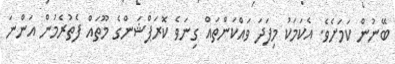
ބޭނުން ކަމަށެވެ. އެކަމަކު މިފަދަ ވައްކަންތައް ގިނަވެ ކޮރަޕްޝަންގެ މޫތައް ފެތުރެމުން އަންނަ